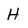
Character: H